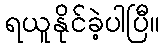
ရယူနိုင်ခဲ့ပါပြီ။